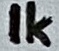
Text: 1K